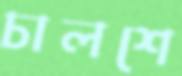
চালশে